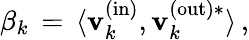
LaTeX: \beta_{k}\, =\, \langle\mathbf{v}_{k}^{\mathrm{{(in)}}},\mathbf{v}_{k}^{\mathrm{{(out)*}}}\rangle\, ,